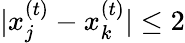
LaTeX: |x_{j}^{(t)}-x_{k}^{(t)}|\leq 2